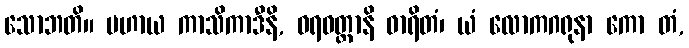
သောဘတိ။ ပဟာယ ကာသိကာဒီနိ, ဝရဝတ္ထာနိ ဓာရိတံ၊ ယံ လောကဂရုနာ ကော တံ,